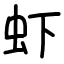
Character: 虾